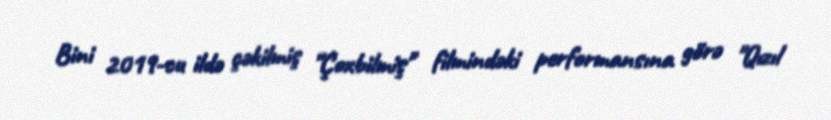
Bini 2019-cu ildə çəkilmiş "Çoxbilmiş" filmindəki performansına görə "Qızıl